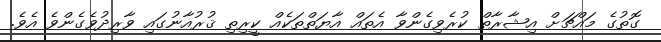
ގޮތުގެ މައްޗަށް އިޝާރާތް ކުރެވިގެންވާ އެތައް އާޔަތްތަކެއް ކީރިތި ޤުރުއާނުގައި ވާރިދުވެގެންވެ އެވެ.